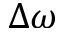
\Delta \omega